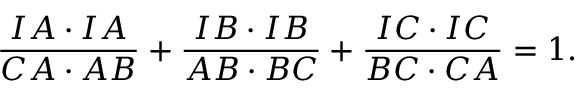
{ \frac { I A \cdot I A } { C A \cdot A B } } + { \frac { I B \cdot I B } { A B \cdot B C } } + { \frac { I C \cdot I C } { B C \cdot C A } } = 1 .